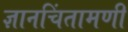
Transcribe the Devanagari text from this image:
ज्ञानचिंतामणी